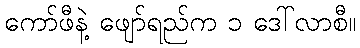
ကော်ဖီနဲ့ ဖျော်ရည်က ၁ ဒေါ်လာစီ။